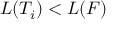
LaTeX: L ( T _ { i } ) < L ( F )